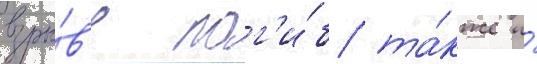
взры́в'е пог'и́б та́кже и́